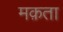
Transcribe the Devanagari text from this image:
मक़ता